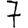
Digit: 7